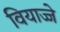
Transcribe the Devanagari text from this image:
वियाज्जे